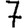
Digit: 7